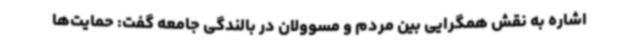
اشاره به نقش همگرایی بین مردم و مسوولان در بالندگی جامعه گفت: حمایت‌ها